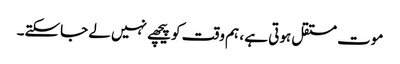
موت مستقل ہوتی ہے ، ہم وقت کو پیچھے نہیں لے جاسکتے۔